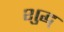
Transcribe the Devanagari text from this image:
शुद्ध्